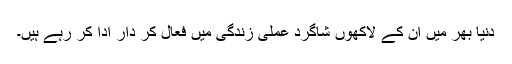
دنیا بھر میں ان کے لاکھوں شاگرد عملی زندگی میں فعال کر دار ادا کر رہے ہیں۔